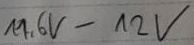
Text: 11,6V-12V